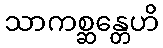
သာကစ္ဆန္တေဟိ